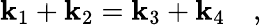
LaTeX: \mathbf{k}_{1}+\mathbf{k}_{2}=\mathbf{k}_{3}+\mathbf{k}_{4}\quad,